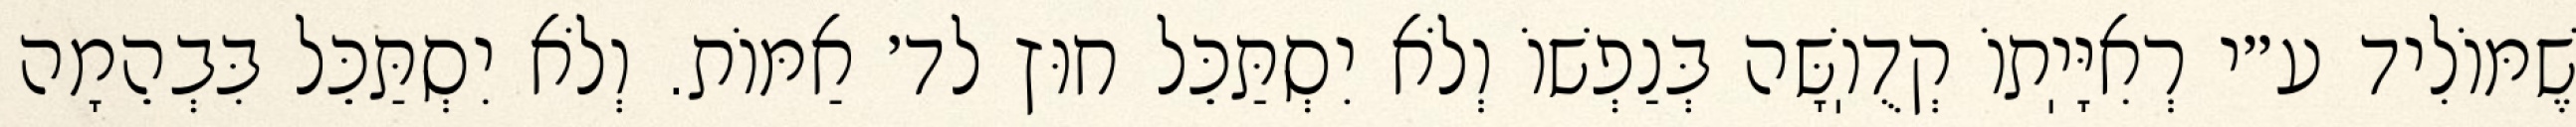
שֶׁמּוֹלִיד ע״י רְאִיָּיֽתוֹ קְדֻוֽשָּׁה בְּנַפְשׁוֹ וְלֹא יִסְתַּכֵּל חוּץ לד׳ אַמּוֹת. וְלֹא יִסְתַּכֵּל בִּבְהֵמָה